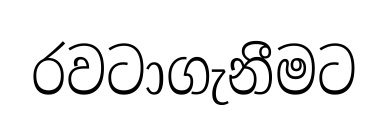
රවටාගැනීමට